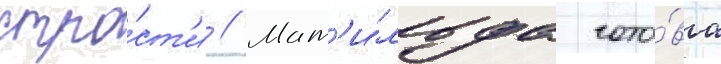
стра́ст'и // Мат'и́льда гото́ва